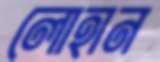
লোহান